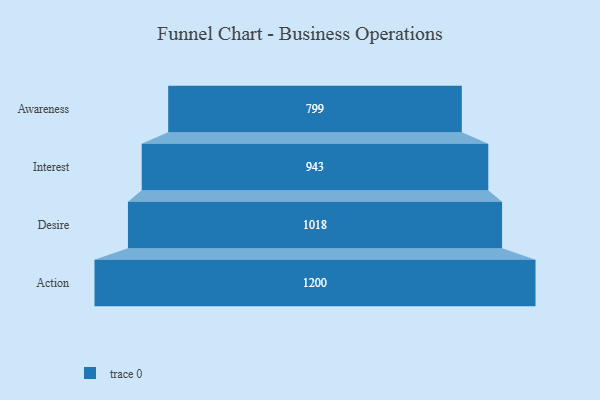
{"axis": {"x": "Stage", "y": "Value"}, "legend": [""], "data": [{"x": "Awareness", "y": 799.0, "type": ""}, {"x": "Interest", "y": 943.0, "type": ""}, {"x": "Desire", "y": 1018.0, "type": ""}, {"x": "Action", "y": 1200.0, "type": ""}]}